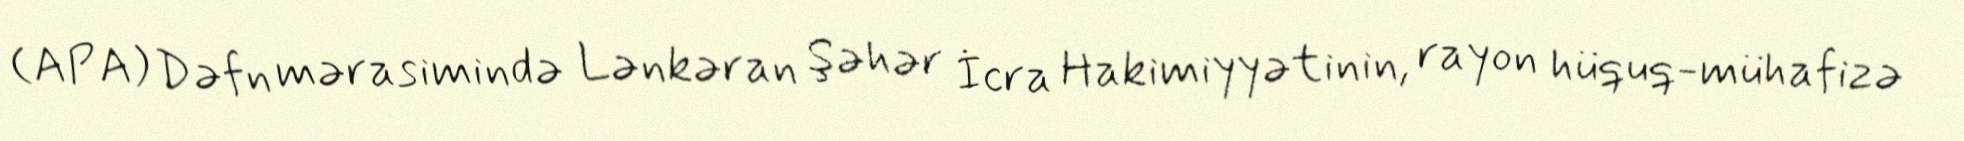
(APA) Dəfn mərasimində Lənkəran Şəhər İcra Hakimiyyətinin, rayon hüquq-mühafizə